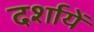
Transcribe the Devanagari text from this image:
दर्शायें